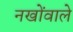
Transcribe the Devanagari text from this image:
नखोंवाले